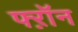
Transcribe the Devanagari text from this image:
फ्ऱॉन